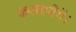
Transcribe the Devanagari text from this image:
करवायेंगे।